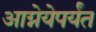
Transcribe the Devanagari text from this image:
आग्नेयेपर्यंत